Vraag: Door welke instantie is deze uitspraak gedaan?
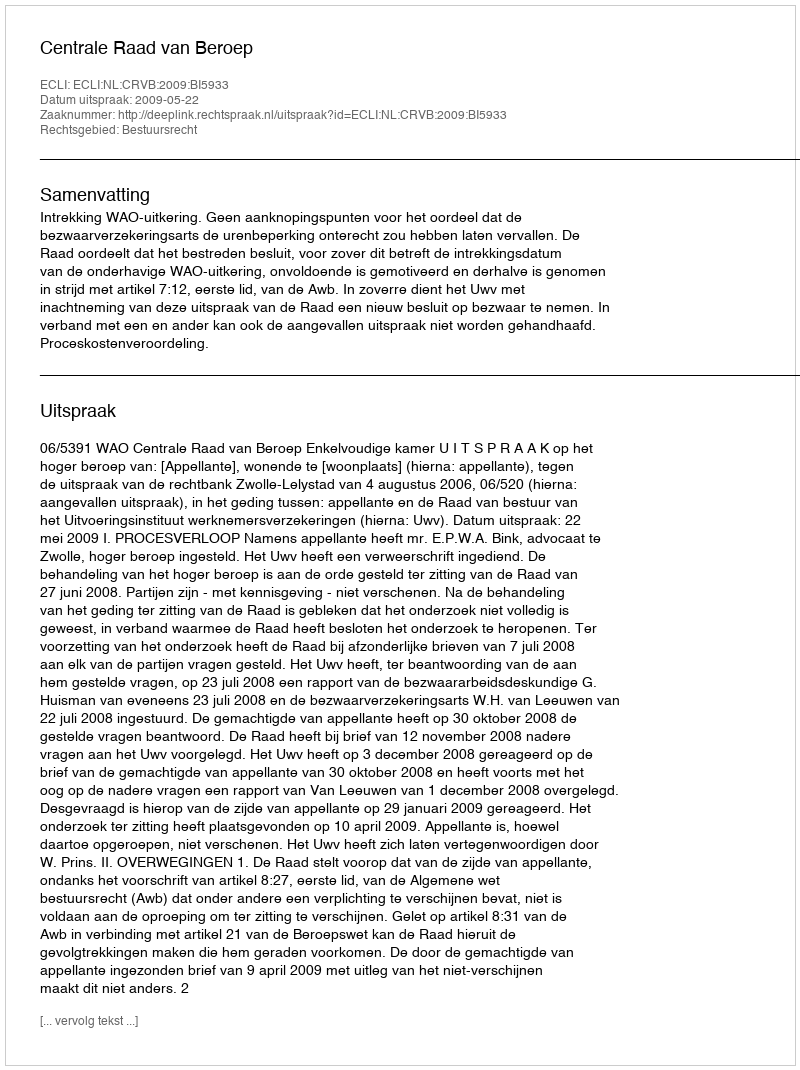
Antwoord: Centrale Raad van Beroep